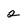
Character: 2